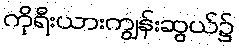
ကိုရီးယားကျွန်းဆွယ်၌